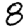
Digit: 8